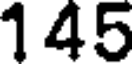
145